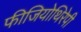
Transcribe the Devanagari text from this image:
फीजियोथिरेपी